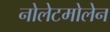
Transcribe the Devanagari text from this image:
नोलेटमोलेन